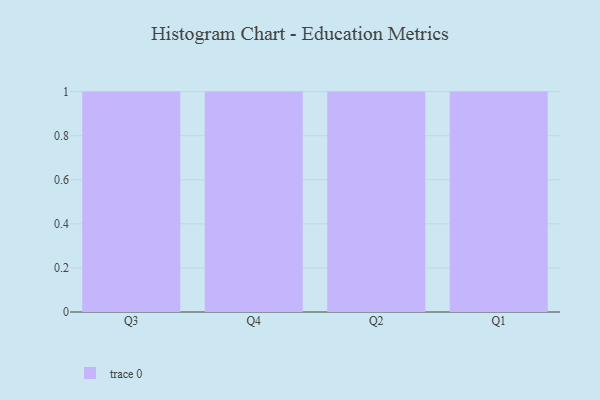
{"axis": {"x": "Quarter", "y": "Shipments"}, "legend": [""], "data": [{"x": "Q3", "y": 49, "type": ""}, {"x": "Q4", "y": 18, "type": ""}, {"x": "Q2", "y": 11, "type": ""}, {"x": "Q1", "y": 48, "type": ""}]}